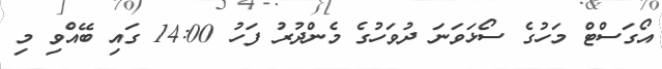
އޯގަސްޓް މަހުގެ ސޯޅަވަނަ ދުވަހުގެ މެންދުރު ފަހު 14:00 ގައި ބޭއްވި މި